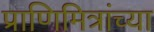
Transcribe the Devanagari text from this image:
प्राणिमित्रांच्या